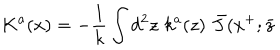
LaTeX: K ^ { a } ( x ) = - { \frac { 1 } { k } } \int d ^ { 2 } z \, \, k ^ { a } ( z ) \, \, \bar { J } ( x ^ { + } ; \bar { z }